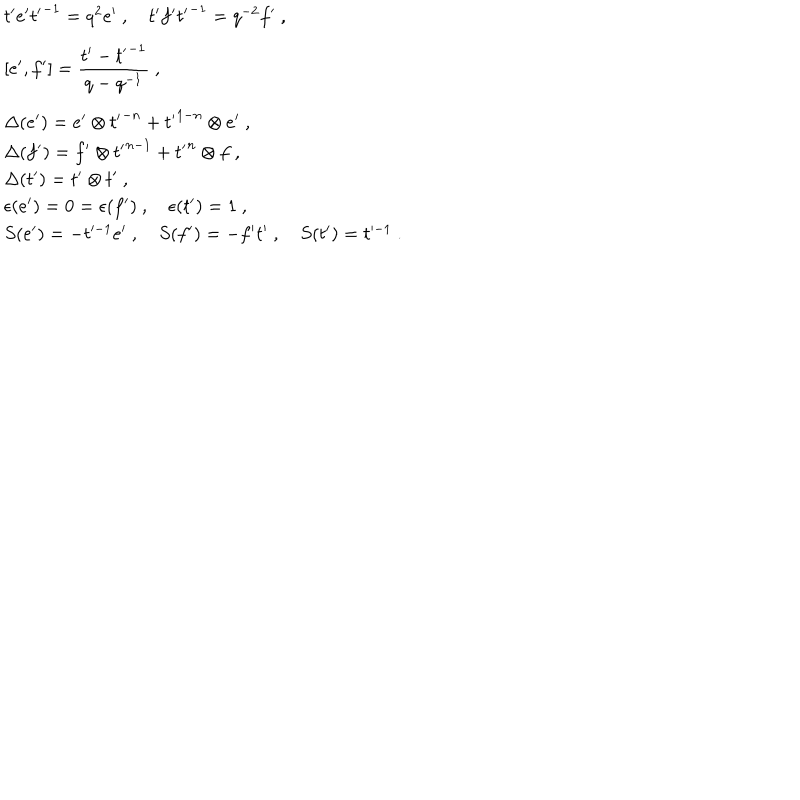
\begin{array} { l } { { t ^ { \prime } e ^ { \prime } { t ^ { \prime } } ^ { - 1 } = q ^ { 2 } e ^ { \prime } ~ , ~ t ^ { \prime } f ^ { \prime } { t ^ { \prime } } ^ { - 1 } = q ^ { - 2 } f ^ { \prime } ~ , } } \\ { { [ e ^ { \prime } , f ^ { \prime } ] = \displaystyle \frac { t ^ { \prime } - { t ^ { \prime } } ^ { - 1 } } { q - q ^ { - 1 } } ~ , } } \\ { { \Delta ( e ^ { \prime } ) = e ^ { \prime } \otimes { t ^ { \prime } } ^ { - n } + { t ^ { \prime } } ^ { 1 - n } \otimes e ^ { \prime } ~ , } } \\ { { \Delta ( f ^ { \prime } ) = f ^ { \prime } \otimes { t ^ { \prime } } ^ { n - 1 } + { t ^ { \prime } } ^ { n } \otimes f ~ , } } \\ { { \Delta ( t ^ { \prime } ) = t ^ { \prime } \otimes t ^ { \prime } ~ , } } \\ { { \epsilon ( e ^ { \prime } ) = 0 = \epsilon ( f ^ { \prime } ) ~ , ~ \epsilon ( t ^ { \prime } ) = 1 ~ , } } \\ { { S ( e ^ { \prime } ) = - t ^ { - 1 } e ^ { \prime } ~ , ~ S ( f ^ { \prime } ) = - f ^ { \prime } t ^ { \prime } ~ , ~ S ( t ^ { \prime } ) = t ^ { - 1 } ~ . } } \\ \end{array}